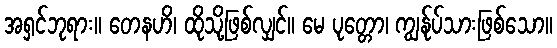
အရှင်ဘုရား။ တေနဟိ၊ ထိုသို့ဖြစ်လျှင်။ မေ ပုတ္တော၊ ကျွန်ုပ်သားဖြစ်သော။